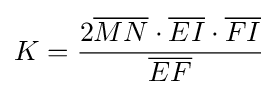
K={\frac {2{\overline {MN}}\cdot {\overline {EI}}\cdot {\overline {FI}}}{\overline {EF}}}